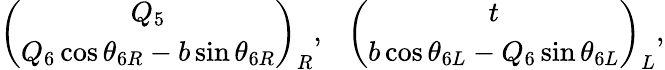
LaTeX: \left(\begin{array}{c}{{Q_{5}}}\\ {{Q_{6}\cos\theta_{6R}-b\sin\theta_{6R}}}\end{array}\right)_{R},~~~\left(\begin{array}{c}{{t}}\\ {{b\cos\theta_{6L}-Q_{6}\sin\theta_{6L}}}\end{array}\right)_{L},